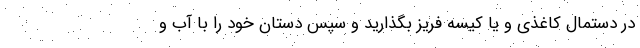
در دستمال کاغذی و یا کیسه فریز بگذارید و سپس دستان خود را با آب و